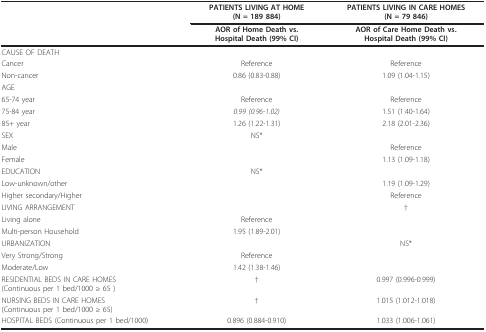
<table><thead><tr><td></td><td><b>PATIENTS LIVING AT HOME(N = 189 884)</b></td><td><b>PATIENTS LIVING IN CARE HOMES(N = 79 846)</b></td></tr><tr><td></td><td><b>AOR of Home Death vs. Hospital Death(99% CI)</b></td><td><b>AOR of Care Home Death vs. Hospital Death(99% CI)</b></td></tr></thead><tbody><tr><td>CAUSE OF DEATH</td><td></td><td></td></tr><tr><td>Cancer</td><td>Reference</td><td>Reference</td></tr><tr><td>Non-cancer</td><td>0.86 (0.83-0.88)</td><td>1.09 (1.04-1.15)</td></tr><tr><td>AGE</td><td></td><td></td></tr><tr><td>65-74 year</td><td>Reference</td><td>Reference</td></tr><tr><td>75-84 year</td><td><i>0.99 (0.96-1.02)</i></td><td>1.51 (1.40-1.64)</td></tr><tr><td>85+ year</td><td>1.26 (1.22-1.31)</td><td>2.18 (2.01-2.36)</td></tr><tr><td>SEX</td><td>NS*</td><td></td></tr><tr><td>Male</td><td></td><td>Reference</td></tr><tr><td>Female</td><td></td><td>1.13 (1.09-1.18)</td></tr><tr><td>EDUCATION</td><td>NS*</td><td></td></tr><tr><td>Low-unknown/other</td><td></td><td>1.19 (1.09-1.29)</td></tr><tr><td>Higher secondary/Higher</td><td></td><td>Reference</td></tr><tr><td>LIVING ARRANGEMENT</td><td></td><td>†</td></tr><tr><td>Living alone</td><td>Reference</td><td></td></tr><tr><td>Multi-person Household</td><td>1.95 (1.89-2.01)</td><td></td></tr><tr><td>URBANIZATION</td><td></td><td>NS*</td></tr><tr><td>Very Strong/Strong</td><td>Reference</td><td></td></tr><tr><td>Moderate/Low</td><td>1.42 (1.38-1.46)</td><td></td></tr><tr><td>RESIDENTIAL BEDS IN CARE HOMES (Continuous per 1 bed/1000 ≥ 65 )</td><td>†</td><td>0.997 (0.996-0.999)</td></tr><tr><td>NURSING BEDS IN CARE HOMES (Continuous per 1 bed/1000 ≥ 65)</td><td>†</td><td>1.015 (1.012-1.018)</td></tr><tr><td>HOSPITAL BEDS (Continuous per 1 bed/1000)</td><td>0.896 (0.884-0.910)</td><td>1.033 (1.006-1.061)</td></tr></tbody></table>